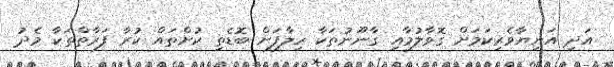
އަދި އަނިޔާވެރިކަމަށް ގޮވާލުމާއި ގާނޫނުތަކާ ހިލާފަށް ބޮޑެތި ކުށްތައް ކުރާ ފަރާތްތަކާ މެދު